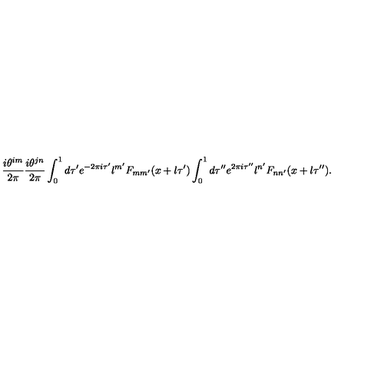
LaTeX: \frac { i \theta ^ { i m } } { 2 \pi } \frac { i \theta ^ { j n } } { 2 \pi } \int _ { 0 } ^ { 1 } d \tau ^ { \prime } e ^ { - 2 \pi i \tau ^ { \prime } } l ^ { m ^ { \prime } } F _ { m m ^ { \prime } } ( x + l \tau ^ { \prime } ) \int _ { 0 } ^ { 1 } d \tau ^ { \prime \prime } e ^ { 2 \pi i \tau ^ { \prime \prime } } l ^ { n ^ { \prime } } F _ { n n ^ { \prime } } ( x + l \tau ^ { \prime \prime } ) .